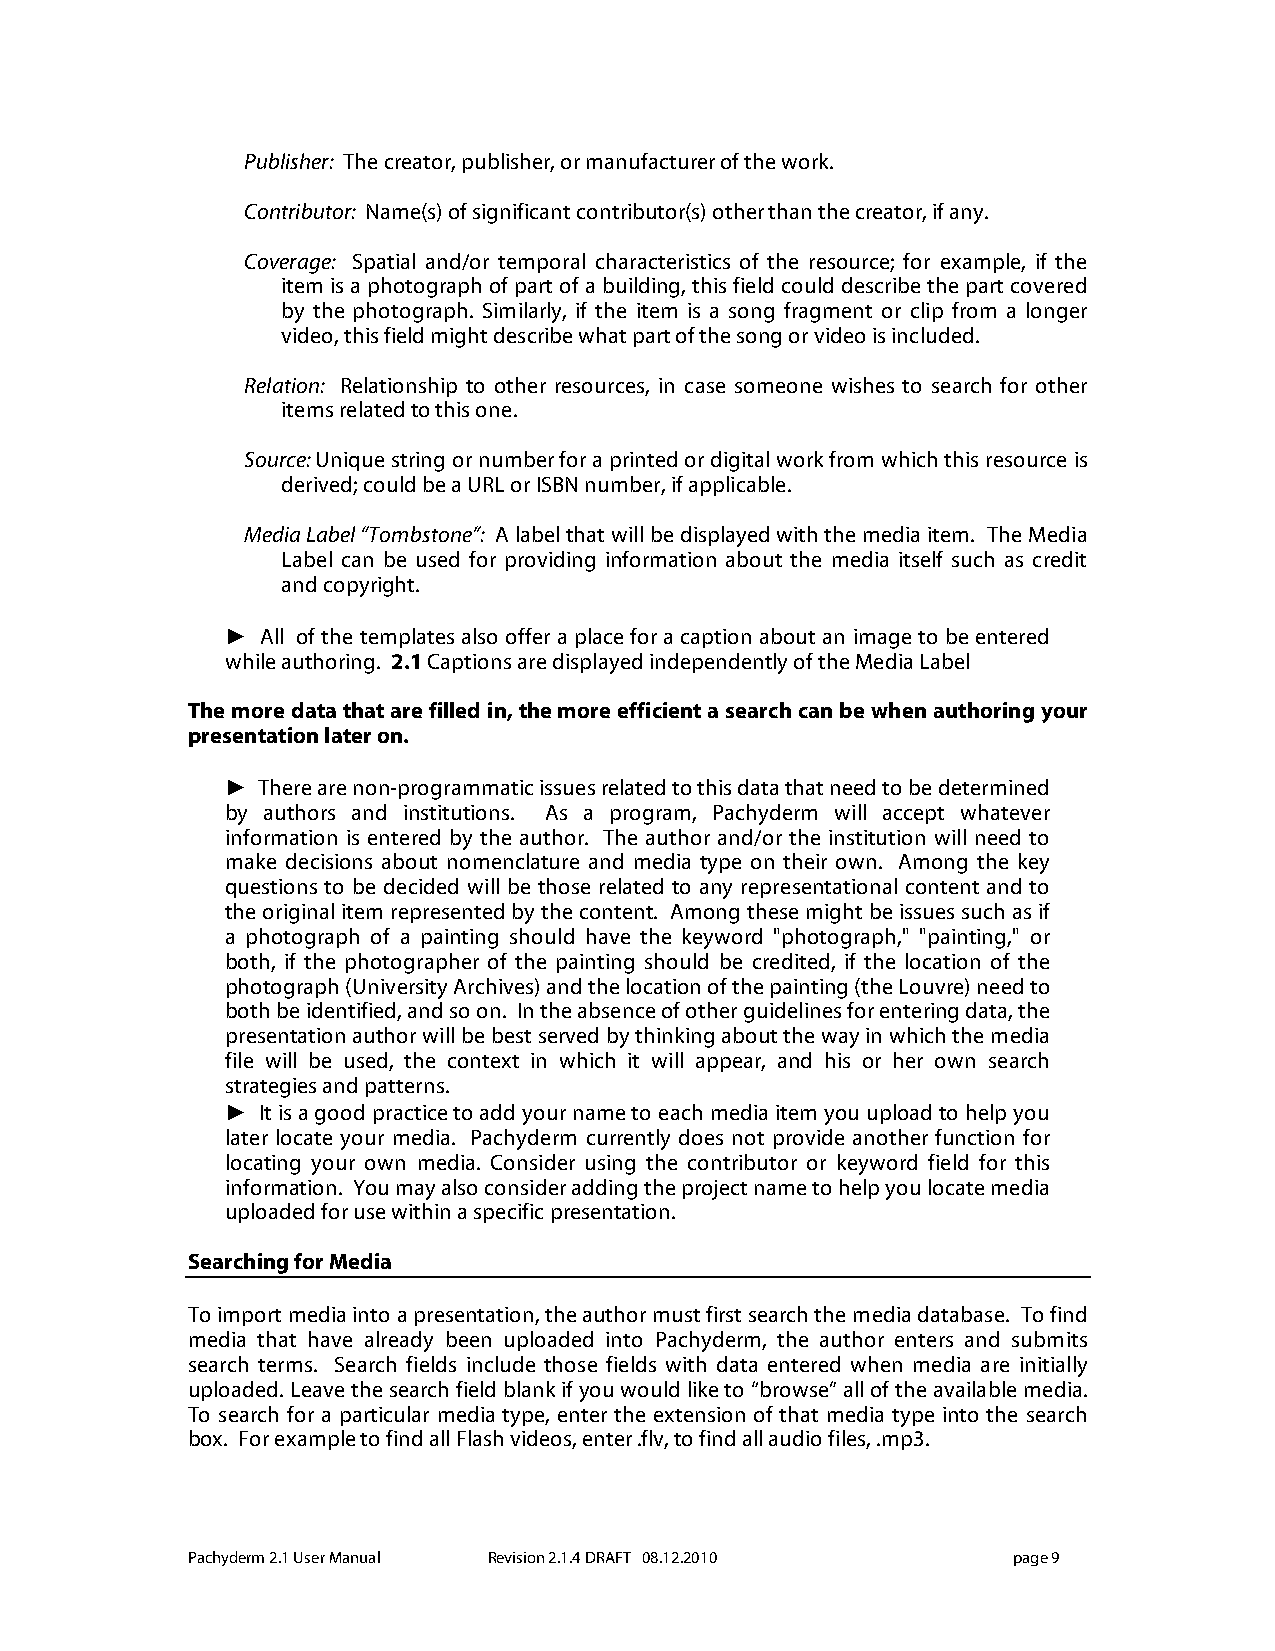
Publisher: The creator, publisher, or manufacturer of the work.
 Contributor: Name(s) of significant contributor(s) other than the creator, if any.
 Coverage: Spatial and/or temporal characteristics of the resource; for example, if the
 item is a photograph of part of a building, this field could describe the part covered
 by the photograph. Similarly, if the item is a song fragment or clip from a longer
 video, this field might describe what part of the song or video is included.
 Relation: Relationship to other resources, in case someone wishes to search for other
 items related to this one.
 Source: Unique string or number for a printed or digital work from which this resource is
 derived; could be a URL or ISBN number, if applicable.
 Media Label “Tombstone”: A label that will be displayed with the media item. The Media
 Label can be used for providing information about the media itself such as credit
 and copyright.
 ► All of the templates also offer a place for a caption about an image to be entered
 while authoring. 2.1 Captions are displayed independently of the Media Label
 The more data that are filled in, the more efficient a search can be when authoring your
 presentation later on.
 ► There are non-programmatic issues related to this data that need to be determined
 by authors and institutions. As a program, Pachyderm will accept whatever
 information is entered by the author. The author and/or the institution will need to
 make decisions about nomenclature and media type on their own. Among the key
 questions to be decided will be those related to any representational content and to
 the original item represented by the content. Among these might be issues such as if
 a photograph of a painting should have the keyword "photograph," "painting," or
 both, if the photographer of the painting should be credited, if the location of the
 photograph (University Archives) and the location of the painting (the Louvre) need to
 both be identified, and so on. In the absence of other guidelines for entering data, the
 presentation author will be best served by thinking about the way in which the media
 file will be used, the context in which it will appear, and his or her own search
 strategies and patterns.
 ► It is a good practice to add your name to each media item you upload to help you
 later locate your media. Pachyderm currently does not provide another function for
 locating your own media. Consider using the contributor or keyword field for this
 information. You may also consider adding the project name to help you locate media
 uploaded for use within a specific presentation.
 Searching for Media
 To import media into a presentation, the author must first search the media database. To find
 media that have already been uploaded into Pachyderm, the author enters and submits
 search terms. Search fields include those fields with data entered when media are initially
 uploaded. Leave the search field blank if you would like to “browse” all of the available media.
 To search for a particular media type, enter the extension of that media type into the search
 box. For example to find all Flash videos, enter .flv, to find all audio files, .mp3.
 Pachyderm 2.1 User Manual Revision 2.1.4 DRAFT 08.12.2010 page 9